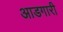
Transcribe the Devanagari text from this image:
आडगारी